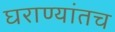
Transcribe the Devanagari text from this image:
घराण्यांतच